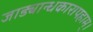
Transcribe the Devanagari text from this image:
जाड्यान्धकारापहाम्‌।